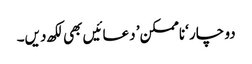
دو چار ‘ناممکن’ دعائیں بھی لکھ دیں۔